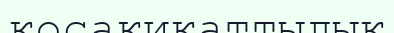
қосақиқаттылық